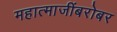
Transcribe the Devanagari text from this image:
महात्माजींबरोबर